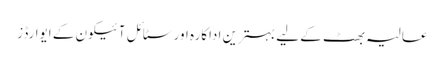
عالیہ بھٹ کے لیے بہترین اداکارہ اور سٹائل آئیکون کے ایوارڈز